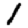
Digit: 1